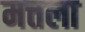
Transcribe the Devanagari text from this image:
मत्तला